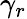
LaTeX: \gamma_{r}